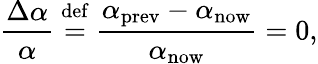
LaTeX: {\frac{\Delta\alpha}{\alpha}}\ {\stackrel{\mathrm{def}}{=}}\ {\frac{\alpha_{\mathrm{prev}}-\alpha_{\mathrm{now}}}{\alpha_{\mathrm{now}}}}=0,